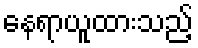
နေရာယူထားသည့်